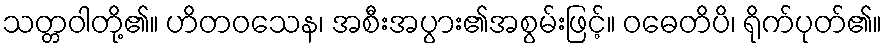
သတ္တဝါတို့၏။ ဟိတဝသေန၊ အစီးအပွား၏အစွမ်းဖြင့်။ ဝဓေတိပိ၊ ရိုက်ပုတ်၏။